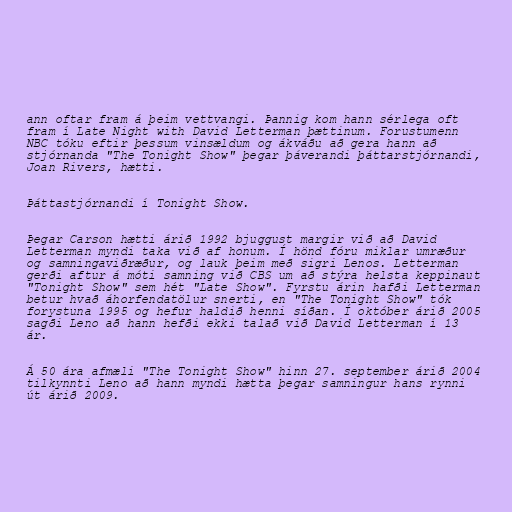
ann oftar fram á þeim vettvangi. Þannig kom hann sérlega oft
fram í Late Night with David Letterman þættinum. Forustumenn
NBC tóku eftir þessum vinsældum og ákváðu að gera hann að
stjórnanda "The Tonight Show" þegar þáverandi þáttarstjórnandi,
Joan Rivers, hætti.

Þáttastjórnandi í Tonight Show.

Þegar Carson hætti árið 1992 bjuggust margir við að David
Letterman myndi taka við af honum. Í hönd fóru miklar umræður
og samningaviðræður, og lauk þeim með sigri Lenos. Letterman
gerði aftur á móti samning við CBS um að stýra helsta keppinaut
"Tonight Show" sem hét "Late Show". Fyrstu árin hafði Letterman
betur hvað áhorfendatölur snerti, en "The Tonight Show" tók
forystuna 1995 og hefur haldið henni síðan. Í október árið 2005
sagði Leno að hann hefði ekki talað við David Letterman í 13
ár.

Á 50 ára afmæli "The Tonight Show" hinn 27. september árið 2004
tilkynnti Leno að hann myndi hætta þegar samningur hans rynni
út árið 2009.